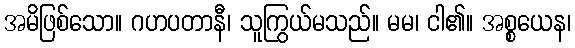
အမိဖြစ်သော။ ဂဟပတာနီ၊ သူကြွယ်မသည်။ မမ၊ ငါ၏။ အစ္စယေန၊